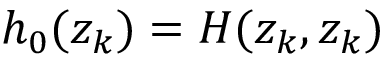
h _ { 0 } ( z _ { k } ) = H ( z _ { k } , z _ { k } )